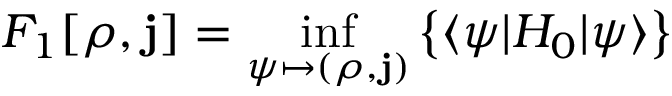
F _ { 1 } [ \rho , \mathbf { j } ] = \operatorname* { i n f } _ { \psi \mapsto ( \rho , \mathbf { j } ) } \left\{ \langle \psi | H _ { 0 } | \psi \rangle \right\}